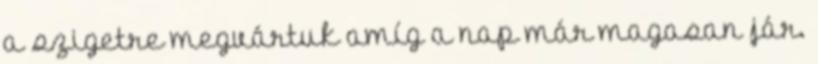
a szigetre megvártuk amíg a nap már magasan jár.